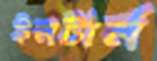
ইনটার্ন